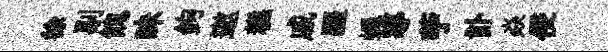
徐剔餽昧鉤邀糕戚疆蠅導苧訃焱侵